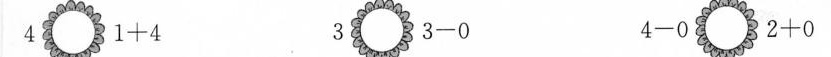
4 $$1 + 4$$ 3 $$3 - 0$$ $$4 - 0 $$2 + 0$$